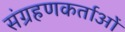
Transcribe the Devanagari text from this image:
संग्रहणकर्ताओं